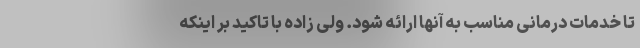
تا خدمات درمانی مناسب به آنها ارائه شود. ولی زاده با تاکید بر اینکه